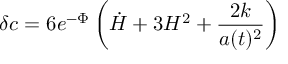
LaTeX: \delta c = 6 e ^ { - \Phi } \left( { \dot { H } } + 3 H ^ { 2 } + \frac { 2 k } { a ( t ) ^ { 2 } } \right)